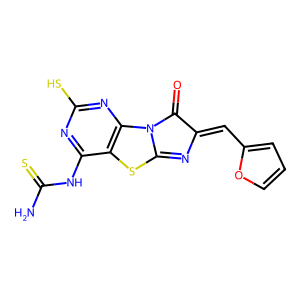
SMILES: NC(=S)Nc1nc(S)nc2c1SC1=NC(=Cc3ccco3)C(=O)N12
Inhibits HIV replication: No